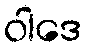
ဝါဒေ